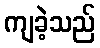
ကျခဲ့သည်